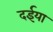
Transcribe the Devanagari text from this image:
दईया